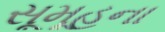
સૂમૂહના